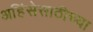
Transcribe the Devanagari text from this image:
अहिंसेसाठीच्या